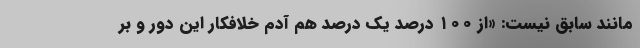
مانند سابق نیست: «از ۱۰۰ درصد یک درصد هم آدم خلافکار این دور و بر